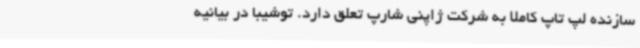
سازنده لپ تاپ کاملا به شرکت ژاپنی شارپ تعلق دارد. توشیبا در بیانیه